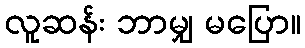
လူဆန်း ဘာမျှ မပြော။